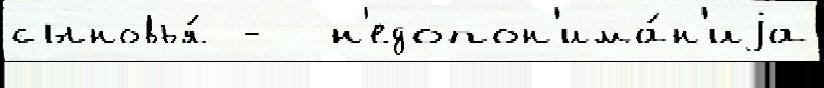
сыновья́ -  н'едопон'има́н'иjа